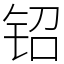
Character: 𬬿